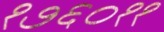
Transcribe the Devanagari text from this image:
१७६०११